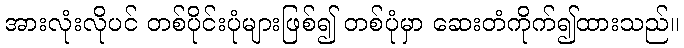
အားလုံးလိုပင် တစ်ပိုင်းပုံများဖြစ်၍ တစ်ပုံမှာ ဆေးတံကိုက်၍ထားသည်။